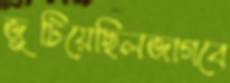
জুটিয়েছিলজাগবে